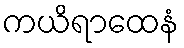
ကယိရာထေနံ